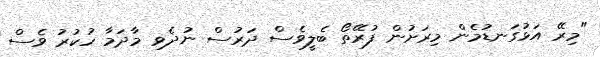
"މިރޭ އަޅުގަނޑުމެން މިރަށުން ފުރޭތޯ ބެލީވެސް ދަރުސް ނުދެވި މާދަމާ ހުކުރު ވެސް